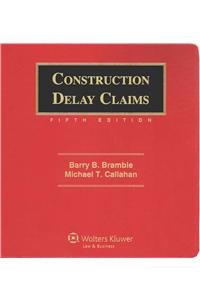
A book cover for Construction Delay Claims; Barry B. Bramble; Law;